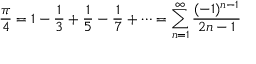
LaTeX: { \frac { \pi } { 4 } } = 1 - { \frac { 1 } { 3 } } + { \frac { 1 } { 5 } } - { \frac { 1 } { 7 } } + \cdots = \sum _ { n = 1 } ^ { \infty } { \frac { ( - 1 ) ^ { n - 1 } } { 2 n - 1 } }